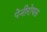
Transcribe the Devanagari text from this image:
पेनीरोयल